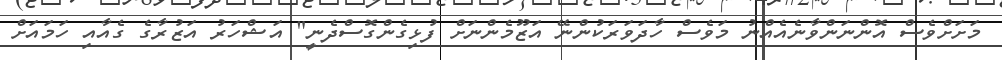
މަށަށްވެސް އޮންނަންވާނެއެއްނު މަވެސް ހާދަވަރަކުންނޭ އަޒޫމެންނަށް ފުޅިގެންގޮސްދެނީ" އަޝްހަރު އަޒުރާގެ ގެއާއި ހަމައަށް